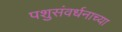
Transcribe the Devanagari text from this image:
पशुसंवर्धनाच्या